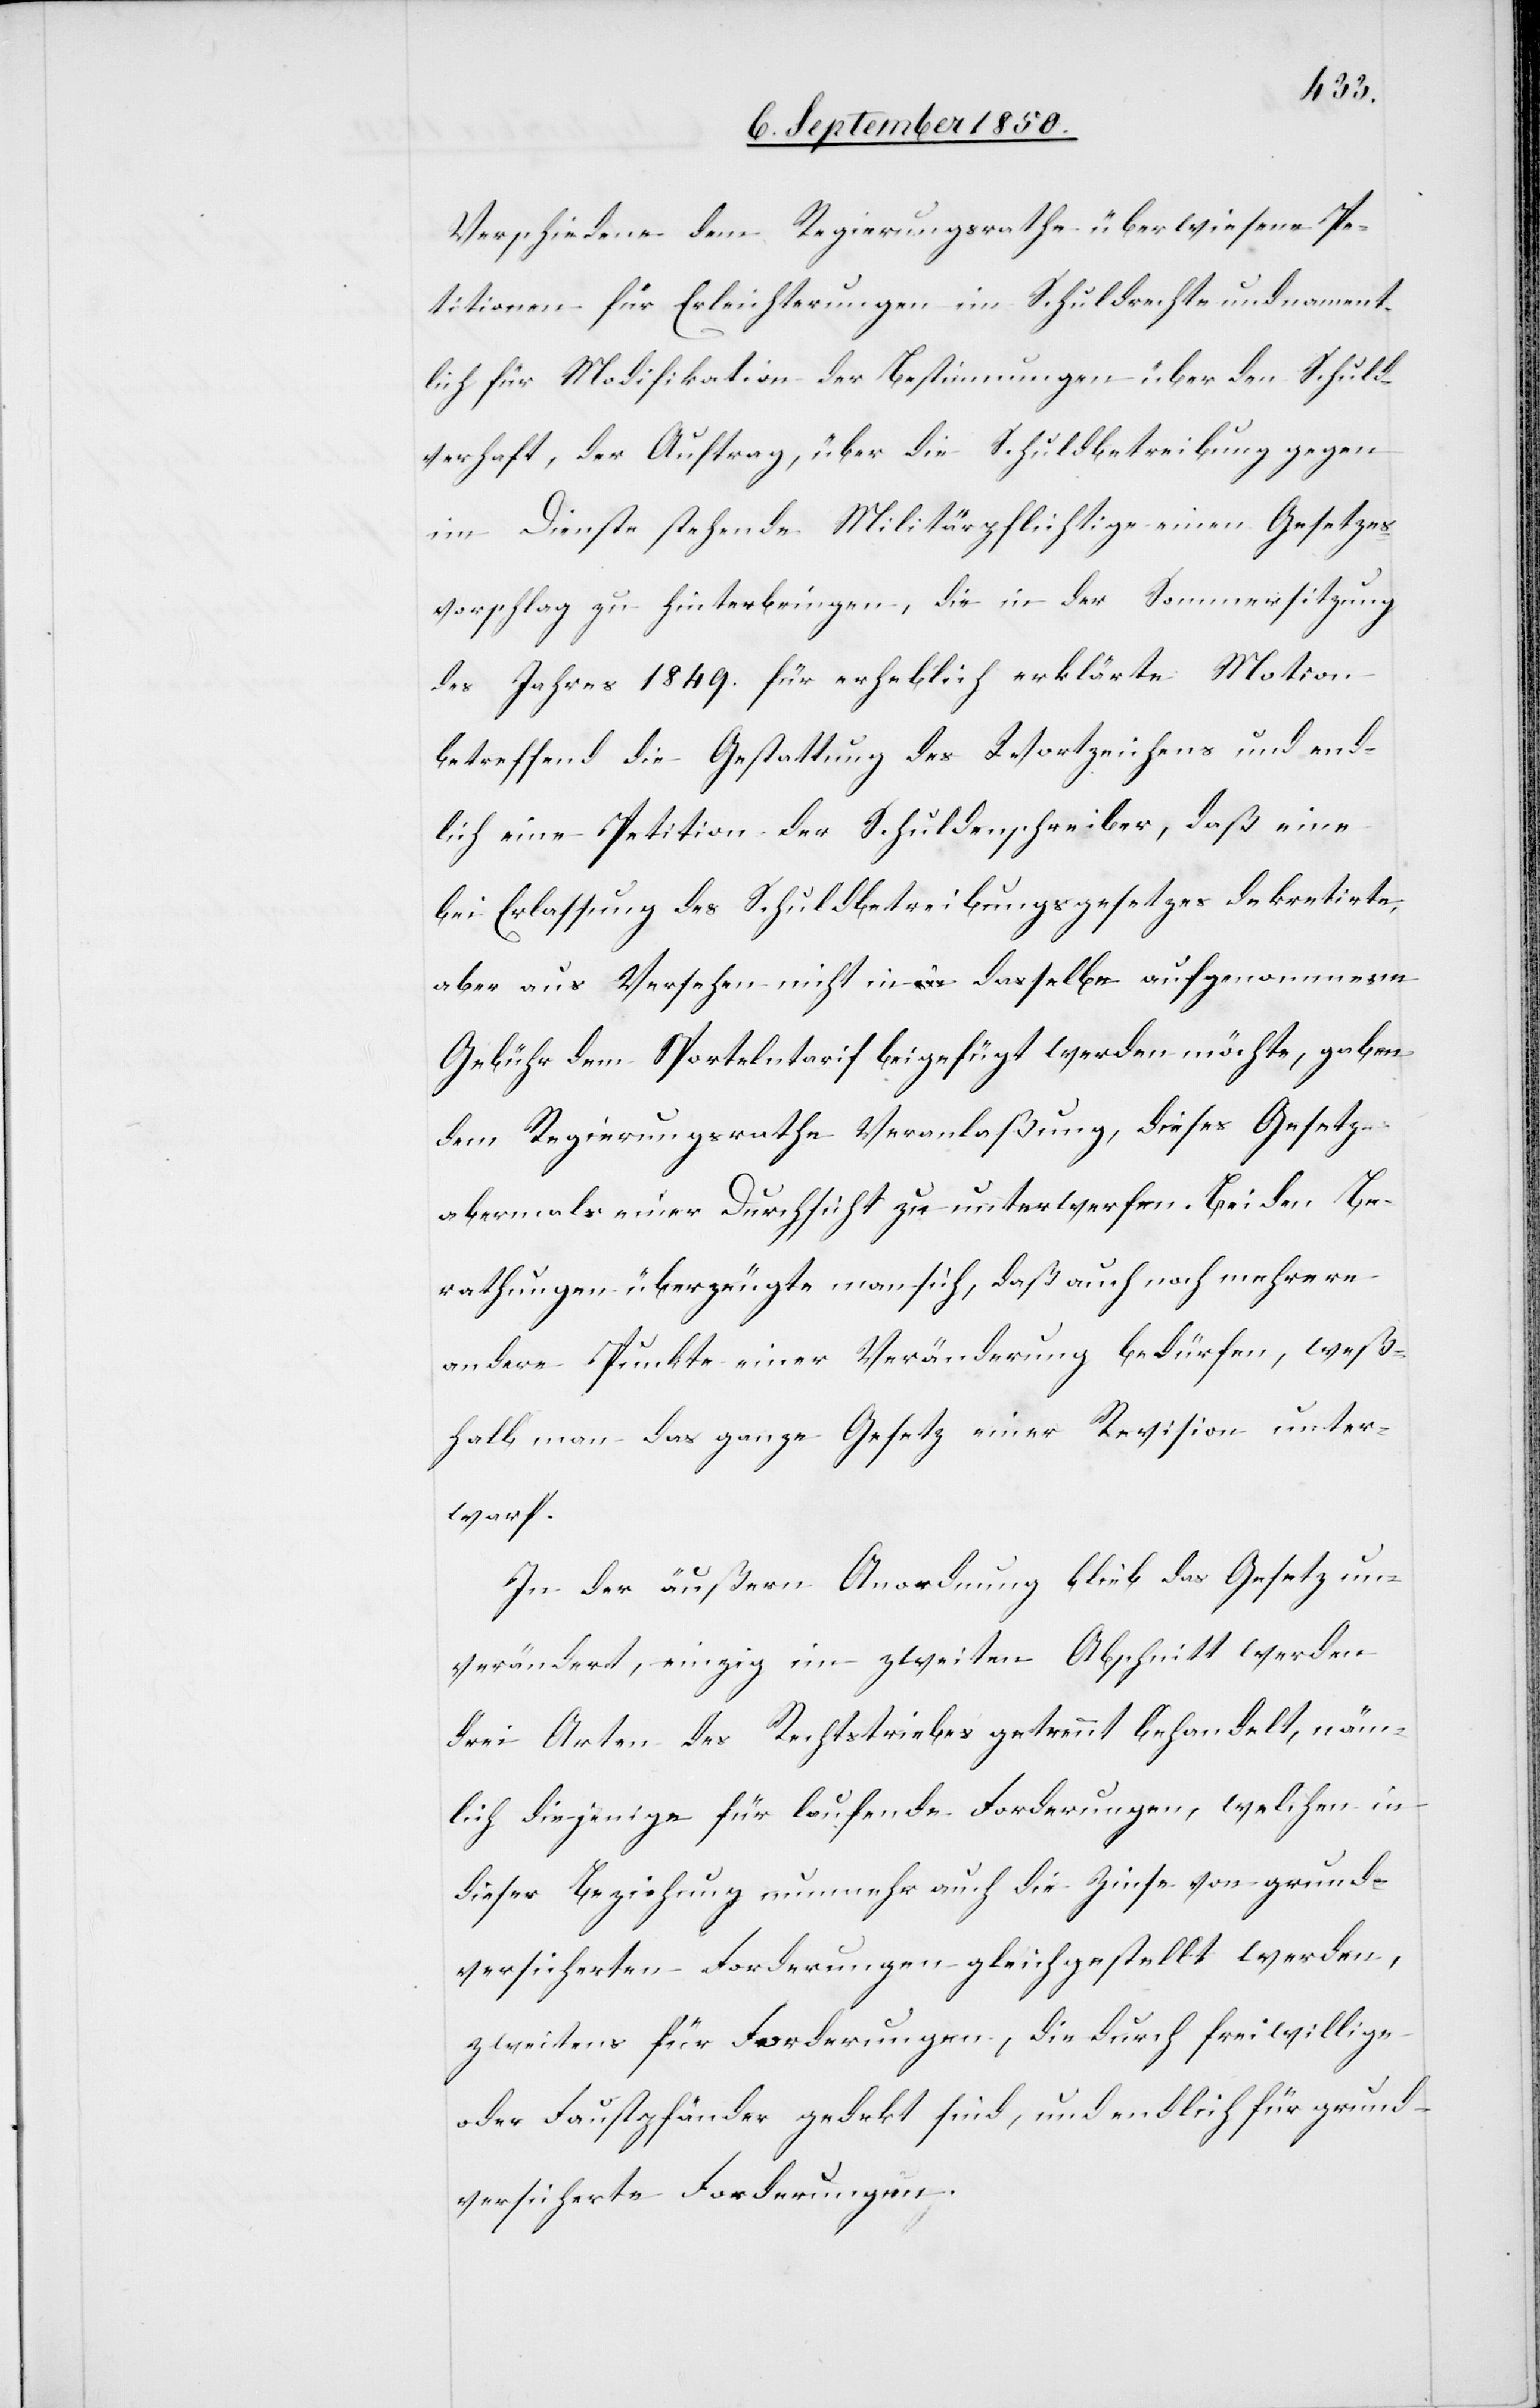
Verschiedene dem Regierungsrathe überwiesene Pe¬
titionen für Erleichterungen im Schuldrechte und nament¬
lich für Modifikation der Bestimmungen über den Schuld¬
verhaft, der Auftrag, über die Schuldbetreibung gegen
im Dienste stehende Militärpflichtige einen Gesetzes¬
vorschlag zu hinterbringen, die in der Sommersitzung
des Jahres 1849. für erheblich erklärte Motion
betreffend die Gestattung des Wortzeichens und end¬
lich eine Petition der Schuldenschreiber, daß eine
bei Erlassung des Schuldbetreibungsgesetzes dekretirte,
aber aus Versehen nicht in dasselbe aufgenommene
Gebühr dem Sportelntarif beigefügt werden möchte, gaben
dem Regierungsrathe Veranlaßung, dieses Gesetz
abermals einer Durchsicht zu unterwerfen. Bei den Be¬
rathungen überzeugte man sich, daß auch noch mehrere
andere Punkte einer Veränderung bedürfen, weß¬
halb man das ganze Gesetz einer Revision unter¬
warf.
In der äußern Anordnung blieb das Gesetz un¬
verändert, einzig im zweiten Abschnitt werden
drei Arten des Rechtstriebes getrennt behandelt, näm¬
lich diejenige für laufende Forderungen, welchen in
dieser Beziehung nunmehr auch die Zinse von grund¬
versicherten Forderungen gleichgestellt werden,
zweitens für Forderungen, die durch freiwillige
oder Faustpfänder gedekt sind, und endlich für grund¬
versicherte Forderungen.